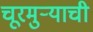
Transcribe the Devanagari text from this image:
चूरमुऱ्याची